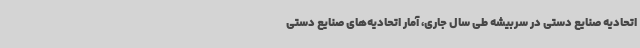
اتحادیه صنایع دستی در سربیشه طی سال جاری، آمار اتحادیه‌های صنایع دستی